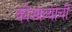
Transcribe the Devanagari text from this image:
कौश्यल्यांची